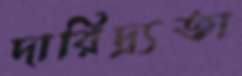
দারিদ্র্যতা